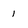
Character: 1